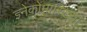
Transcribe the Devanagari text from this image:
ज्ञ्नेकोमास्टिया